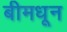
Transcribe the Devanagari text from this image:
बीमधून